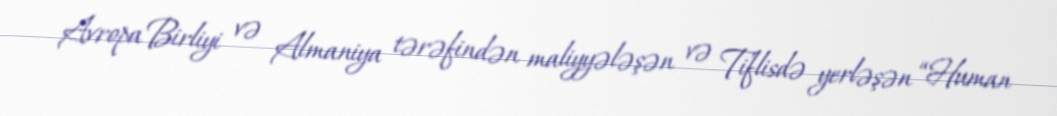
Avropa Birliyi və Almaniya tərəfindən maliyyələşən və Tiflisdə yerləşən “Human